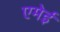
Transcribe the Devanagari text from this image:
एमेई